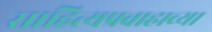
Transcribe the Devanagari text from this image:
साहित्यप्रवाहाच्या